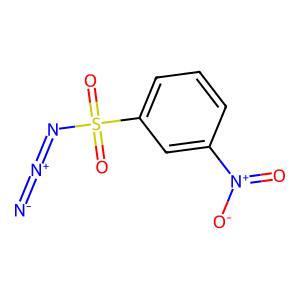
SMILES: [N-]=[N+]=NS(=O)(=O)c1cccc([N+](=O)[O-])c1
Inhibits HIV replication: No